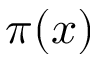
\pi ( x )